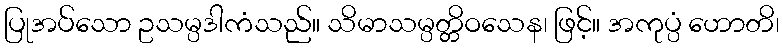
ပြုအပ်သော ဥသမ္ပဒါကံသည်။ သိမာသမ္ပတ္တိဝသေန၊ ဖြင့်။ အကုပ္ပံ ဟောတိ၊